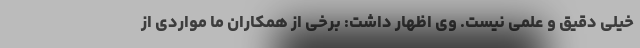
خیلی دقیق و علمی نیست. وی اظهار داشت: برخی از همکاران ما مواردی از